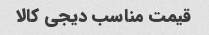
قیمت مناسب دیجی کالا